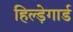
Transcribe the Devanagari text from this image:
हिल्ड़ेगार्ड